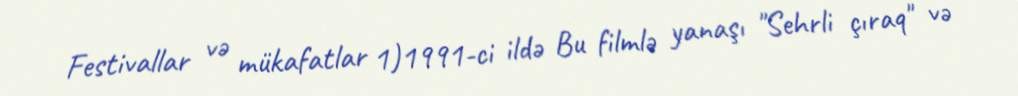
Festivallar və mükafatlar 1)1991-ci ildə Bu filmlə yanaşı "Sehrli çıraq" və